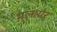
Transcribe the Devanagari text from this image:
मलायेर